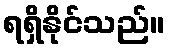
ရရှိနိုင်သည်။